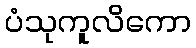
ပံသုကူလိကော